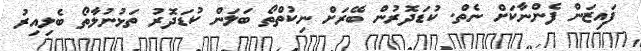
ފައިޒަން ފެންނާކަށް ނެތް. ކުޑަދޮރުން ބޭރަށް ނިކުތްތޯ ބަލަން ކުޑަދޮރު ތަޅުނުލާތޯ ބެލިއިރު